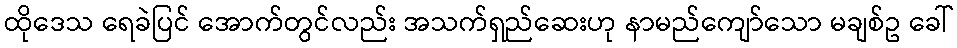
ထိုဒေသ ရေခဲပြင် အောက်တွင်လည်း အသက်ရှည်ဆေးဟု နာမည်ကျော်သော မချစ်ဥ ခေါ်